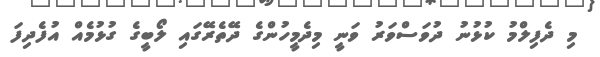
މި ދެފިލްމު ކުޅުނު ދުވަސްވަރު ވަނީ މިދެމީހުންގެ ދޭތެރޭގައި ލޯބީގެ ގުޅުމެއް އުފެދިފަ